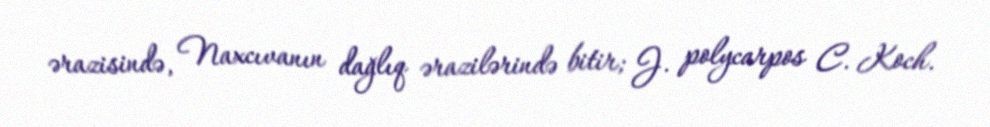
ərazisində, Naxcıvanın dağlıq ərazilərində bitir; J. polycarpos C. Koch.